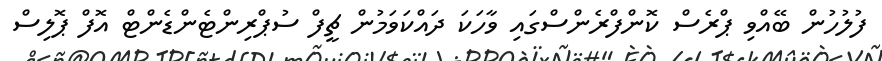
ފުލުހުން ބޭއްވި ޕްރެސް ކޮންފްރެންސްގައި ވާހަކަ ދައްކަވަމުން ޗީފް ސުޕްރިންޓެންޑެންޓް އޮފް ޕޮލިސް